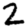
Digit: 2